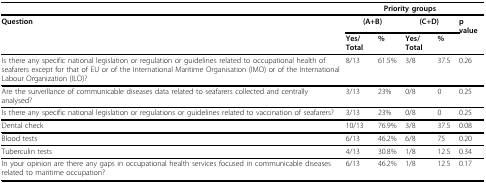
|  | <COLSPAN=4> Priority groups |  |
 | Question | <COLSPAN=2> (A+B) | <COLSPAN=2> (C+D) | p value |
 |  | Yes/Total | % | Yes/Total | % |  |
 | --- | --- | --- | --- | --- | --- |
 | Is there any specific national legislation or regulation or guidelines related to occupational health of seafarers except for that of EU or of the International Maritime Organisation (IMO) or of the International Labour Organization (ILO)? | 8/13 | 61.5% | 3/8 | 37.5 | 0.26 |
 | Are the surveillance of communicable diseases data related to seafarers collected and centrally analysed? | 3/13 | 23% | 0/8 | 0 | 0.25 |
 | Is there any specific national legislation or regulations or guidelines related to vaccination of seafarers? | 3/13 | 23% | 0/8 | 0 | 0.25 |
 | Dental check | 10/13 | 76.9% | 3/8 | 37.5 | 0.08 |
 | Blood tests | 6/13 | 46.2% | 6/8 | 75 | 0.20 |
 | Tuberculin tests | 4/13 | 30.8% | 1/8 | 12.5 | 0.34 |
 | In your opinion are there any gaps in occupational health services focused in communicable diseases related to maritime occupation? | 6/13 | 46.2% | 1/8 | 12.5 | 0.17 |